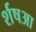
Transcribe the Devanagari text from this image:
र्शषआ